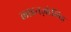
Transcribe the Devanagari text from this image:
लाइनज़ोलिड